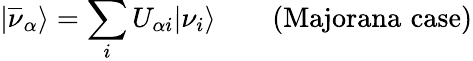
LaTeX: |\overline{{{\nu}}}_{\alpha}\rangle=\sum_{i}U_{{\alpha}i}|\nu_{i}\rangle\qquad({\mathrm{Majorana\, \, case}})